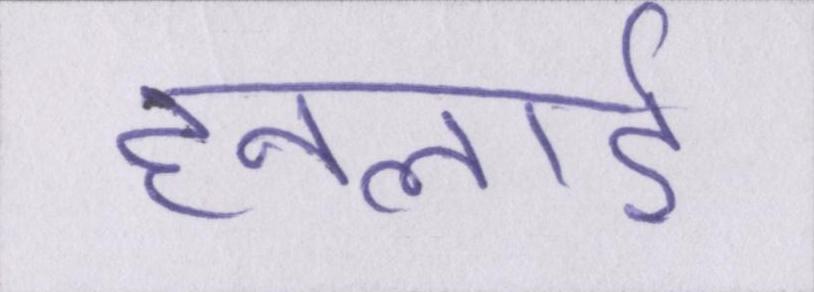
हनलाई